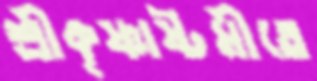
শ্রীকৃষ্ণাষ্টমীতে